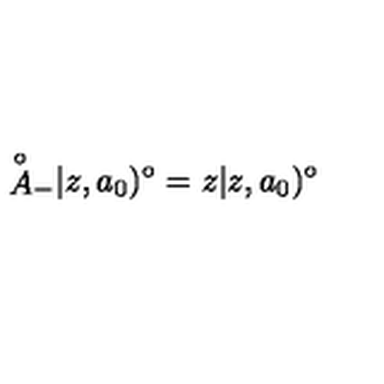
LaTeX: { \mathop { A } ^ { \circ } } _ { - } | z , a _ { 0 } ) ^ { \circ } = z | z , a _ { 0 } ) ^ { \circ }